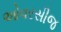
ઓવરસીજ